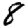
Digit: 8